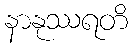
နာနုဿရတိ